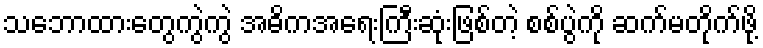
သဘောထားတွေကွဲကွဲ အဓိကအရေးကြီးဆုံးဖြစ်တဲ့ စစ်ပွဲကို ဆက်မတိုက်ဖို့